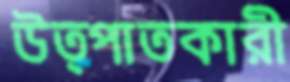
উত্পাতকারী